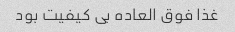
غذا فوق العاده بی کیفیت بود